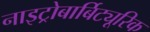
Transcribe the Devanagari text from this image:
नाइट्रोबार्बिट्यूरिक